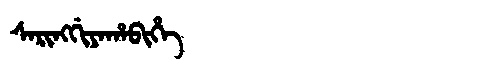
Manchu: ᠰᠠᡵᡳᠩᡤᡳᠶᠠᡥᠠᠪᡳᡥᡝ
Romanization: SARINGGIYAHABIHE